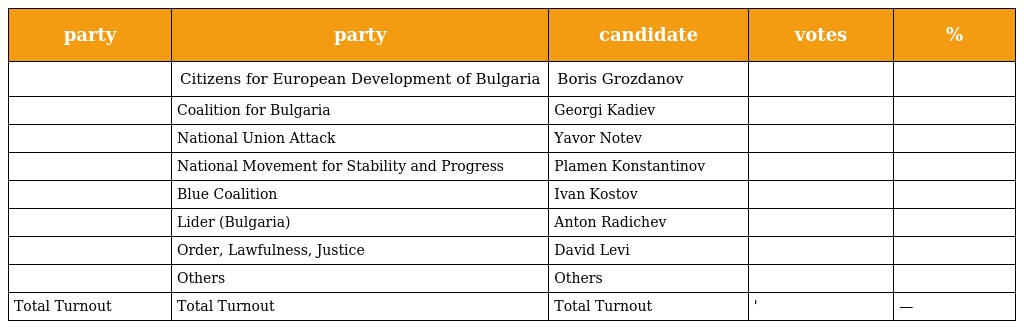
| party | party | candidate | votes | % |
 | --- | --- | --- | --- | --- |
 |  | Citizens for European Development of Bulgaria | Boris Grozdanov |  |  |
 |  | Coalition for Bulgaria | Georgi Kadiev |  |  |
 |  | National Union Attack | Yavor Notev |  |  |
 |  | National Movement for Stability and Progress | Plamen Konstantinov |  |  |
 |  | Blue Coalition | Ivan Kostov |  |  |
 |  | Lider (Bulgaria) | Anton Radichev |  |  |
 |  | Order, Lawfulness, Justice | David Levi |  |  |
 |  | Others | Others |  |  |
 | Total Turnout | Total Turnout | Total Turnout | ' | — |